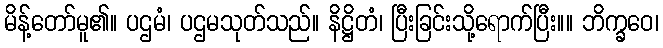
မိန့်တော်မူ၏။ ပဌမံ၊ ပဌမသုတ်သည်။ နိဋ္ဌိတံ၊ ပြီးခြင်းသို့ရောက်ပြီး။။ ဘိက္ခဝေ၊